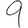
Digit: 9